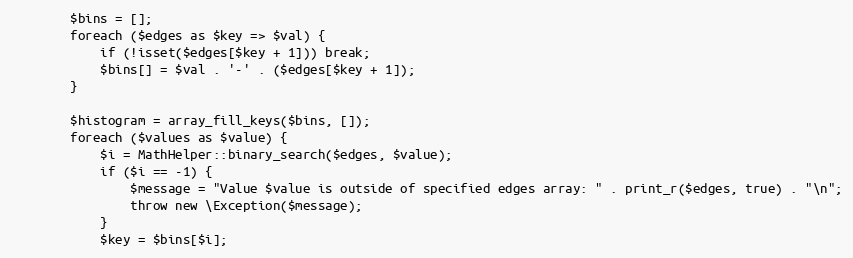
Language: PHP
        $bins = [];
        foreach ($edges as $key => $val) {
            if (!isset($edges[$key + 1])) break;
            $bins[] = $val . '-' . ($edges[$key + 1]);
        }

        $histogram = array_fill_keys($bins, []);
        foreach ($values as $value) {
            $i = MathHelper::binary_search($edges, $value);
            if ($i == -1) {
                $message = "Value $value is outside of specified edges array: " . print_r($edges, true) . "\n";
                throw new \Exception($message);
            }
            $key = $bins[$i];